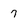
Character: 7